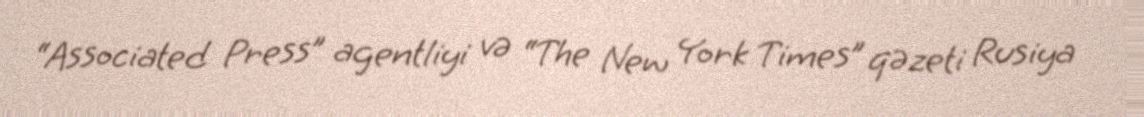
“Associated Press” agentliyi və “The New York Times” qəzeti Rusiya